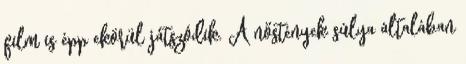
film is épp ekörül játszódik. A nőstények súlya általában